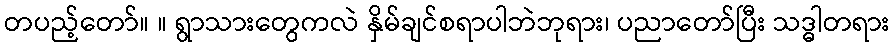
တပည့်တော်။ ။ ရွာသားတွေကလဲ နှိမ်ချင်စရာပါဘဲဘုရား၊ ပညာတော်ပြီး သဒ္ဓါတရား